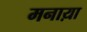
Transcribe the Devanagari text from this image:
मनाय़ा